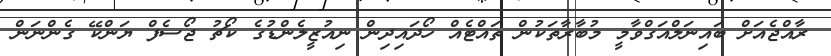
ރާއްޖެއަށް ބައިނަލްއަގްވާމީ މުބާރާތަކުން ތައްޓެއް ހޯދައިދިން ނިއުޒީލެންޑުގެ ކޯޗު ޖޯސެފް ޔަންކޭ ގެންނަން